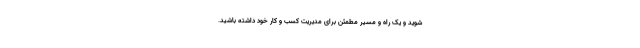
شوید و یک راه و مسیر مطمئن برای مدیریت کسب و کار خود داشته باشید.